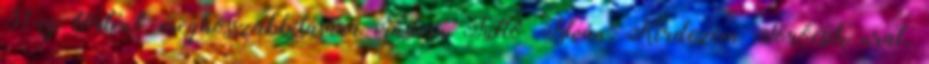
31-ig történő meghosszabbítására írásban Tüttő István: Kérdezem Törőcsik urat,